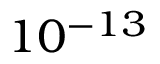
1 0 ^ { - 1 3 }